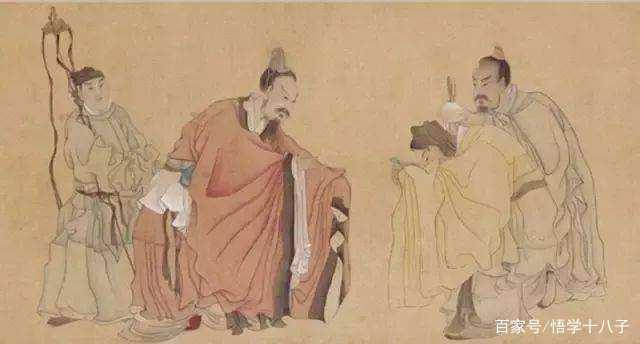
食之以时，用之以礼。